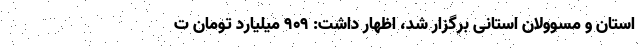
استان و مسوولان استانی برگزار شد، اظهار داشت: ۹۰۹ میلیارد تومان ت